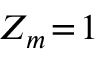
Z _ { m } \! = \! 1